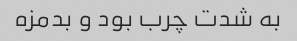
به شدت چرب بود و بدمزه